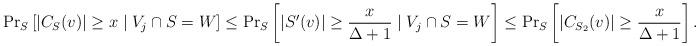
LaTeX: \begin{align*} {\Pr}_S\left[ |C_S(v)| \ge x \mid V_j \cap S = W \right] \le {\Pr}_S\left[ |S'(v)| \ge \frac{x}{\Delta+1} \mid V_j \cap S = W \right] \le {\Pr}_{S}\left[ |C_{S_2}(v)| \ge \frac{x}{\Delta+1} \right]. \end{align*}